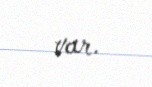
var.